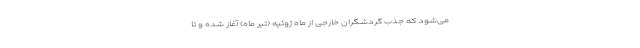
می‌شود که جذب گردشگران خارجی از ماه ژوئیه (تیر ماه) آغاز شده و تا